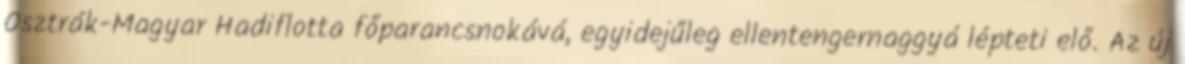
Osztrák-Magyar Hadiflotta főparancsnokává, egyidejűleg ellentengernaggyá lépteti elő. Az új